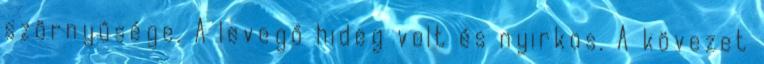
szörnyűsége. A levegő hideg volt és nyirkos. A kövezet